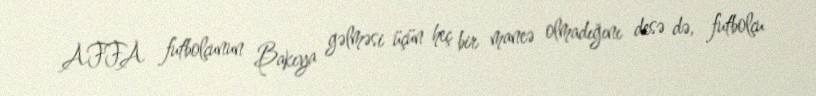
AFFA futbolçunun Bakıya gəlməsi üçün heç bir maneə olmadığını desə də, futbolçu